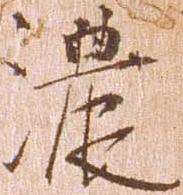
濃